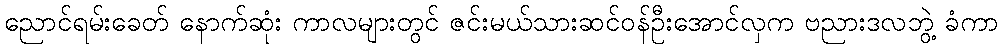
ညောင်ရမ်းခေတ် နောက်ဆုံး ကာလများတွင် ဇင်းမယ်သားဆင်ဝန်ဦးအောင်လှက ဗညားဒလဘွဲ့ ခံကာ